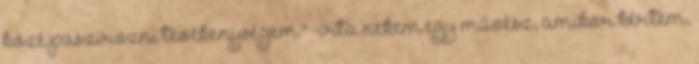
közé paszírozni tevékenységem." -írta nekem egy művész, amikor kértem,